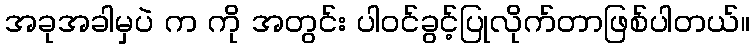
အခုအခါမှပဲ က ကို အတွင်း ပါဝင်ခွင့်ပြုလိုက်တာဖြစ်ပါတယ်။